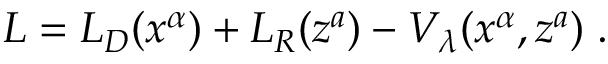
L = L _ { D } ( x ^ { \alpha } ) + L _ { R } ( z ^ { a } ) - V _ { \lambda } ( x ^ { \alpha } , z ^ { a } ) \; .